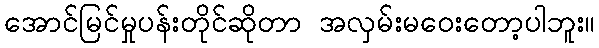
အောင်မြင်မှုပန်းတိုင်ဆိုတာ အလှမ်းမဝေးတော့ပါဘူး။